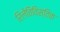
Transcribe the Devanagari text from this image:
रिलेतिविस्तिक